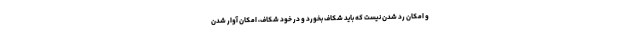
و امکان رد شدن نیست که باید شکاف بخورد و در خود شکاف، امکان آوار شدن